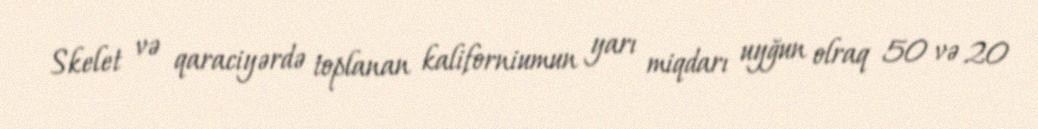
Skelet və qaraciyərdə toplanan kaliforniumun yarı miqdarı uyğun olraq 50 və 20